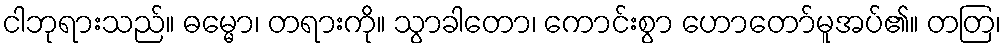
ငါဘုရားသည်။ ဓမ္မော၊ တရားကို။ သွာခါတော၊ ကောင်းစွာ ဟောတော်မူအပ်၏။ တတြ၊